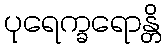
ပုရေက္ခရောန္တိ